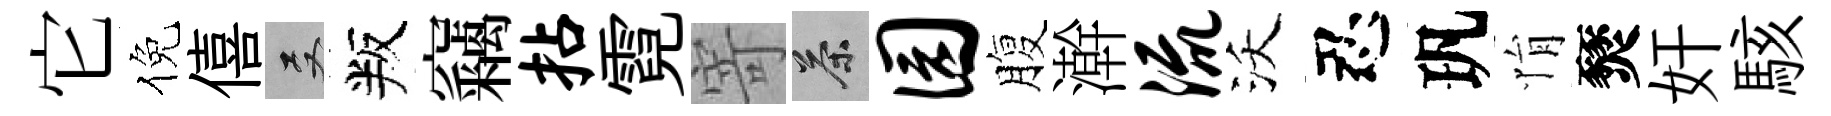
它倪僖双叛竊拈霓寄茶园腹澣流沃忍㺬悁燹奸駭